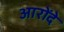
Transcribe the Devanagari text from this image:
आरोंदे